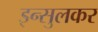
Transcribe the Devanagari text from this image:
इन्सुलकर